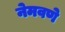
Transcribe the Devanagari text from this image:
नेमवणे